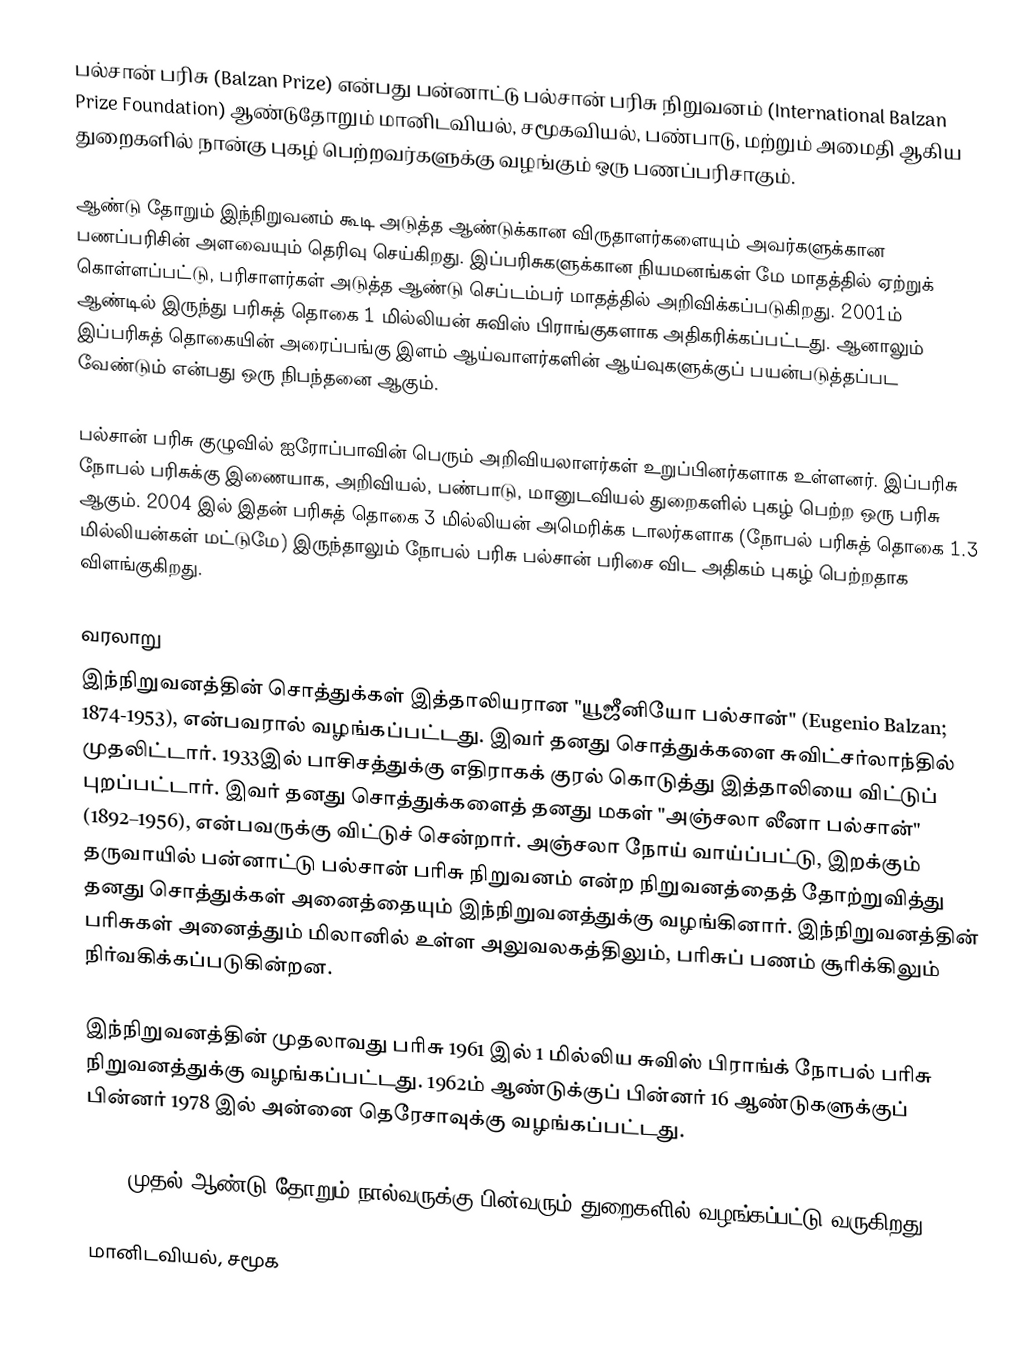
பல்சான் பரிசு (Balzan Prize) என்பது பன்னாட்டு பல்சான் பரிசு நிறுவனம் (International Balzan Prize Foundation) ஆண்டுதோறும் மானிடவியல், சமூகவியல், பண்பாடு, மற்றும் அமைதி ஆகிய துறைகளில் நான்கு புகழ் பெற்றவர்களுக்கு வழங்கும் ஒரு பணப்பரிசாகும்.

ஆண்டு தோறும் இந்நிறுவனம் கூடி அடுத்த ஆண்டுக்கான விருதாளர்களையும் அவர்களுக்கான பணப்பரிசின் அளவையும் தெரிவு செய்கிறது. இப்பரிசுகளுக்கான நியமனங்கள் மே மாதத்தில் ஏற்றுக் கொள்ளப்பட்டு, பரிசாளர்கள் அடுத்த ஆண்டு செப்டம்பர் மாதத்தில் அறிவிக்கப்படுகிறது. 2001ம் ஆண்டில் இருந்து பரிசுத் தொகை 1 மில்லியன் சுவிஸ் பிராங்குகளாக அதிகரிக்கப்பட்டது. ஆனாலும் இப்பரிசுத் தொகையின் அரைப்பங்கு இளம் ஆய்வாளர்களின் ஆய்வுகளுக்குப் பயன்படுத்தப்பட வேண்டும் என்பது ஒரு நிபந்தனை ஆகும்.

பல்சான் பரிசு குழுவில் ஐரோப்பாவின் பெரும் அறிவியலாளர்கள் உறுப்பினர்களாக உள்ளனர். இப்பரிசு நோபல் பரிசுக்கு இணையாக, அறிவியல், பண்பாடு, மானுடவியல் துறைகளில் புகழ் பெற்ற ஒரு பரிசு ஆகும். 2004 இல் இதன் பரிசுத் தொகை 3 மில்லியன் அமெரிக்க டாலர்களாக (நோபல் பரிசுத் தொகை 1.3 மில்லியன்கள் மட்டுமே) இருந்தாலும் நோபல் பரிசு பல்சான் பரிசை விட அதிகம் புகழ் பெற்றதாக விளங்குகிறது.

வரலாறு
இந்நிறுவனத்தின் சொத்துக்கள் இத்தாலியரான "யூஜீனியோ பல்சான்" (Eugenio Balzan; 1874-1953), என்பவரால் வழங்கப்பட்டது. இவர் தனது சொத்துக்களை சுவிட்சர்லாந்தில் முதலிட்டார். 1933இல் பாசிசத்துக்கு எதிராகக் குரல் கொடுத்து இத்தாலியை விட்டுப் புறப்பட்டார். இவர் தனது சொத்துக்களைத் தனது மகள் "அஞ்சலா லீனா பல்சான்" (1892–1956), என்பவருக்கு விட்டுச் சென்றார். அஞ்சலா நோய் வாய்ப்பட்டு, இறக்கும் தருவாயில் பன்னாட்டு பல்சான் பரிசு நிறுவனம் என்ற நிறுவனத்தைத் தோற்றுவித்து தனது சொத்துக்கள் அனைத்தையும் இந்நிறுவனத்துக்கு வழங்கினார். இந்நிறுவனத்தின் பரிசுகள் அனைத்தும் மிலானில் உள்ள அலுவலகத்திலும், பரிசுப் பணம் சூரிக்கிலும் நிர்வகிக்கப்படுகின்றன.

இந்நிறுவனத்தின் முதலாவது பரிசு 1961 இல் 1 மில்லிய சுவிஸ் பிராங்க் நோபல் பரிசு நிறுவனத்துக்கு வழங்கப்பட்டது. 1962ம் ஆண்டுக்குப் பின்னர் 16 ஆண்டுகளுக்குப் பின்னர் 1978 இல் அன்னை தெரேசாவுக்கு வழங்கப்பட்டது.

1978 முதல் ஆண்டு தோறும் நால்வருக்கு பின்வரும் துறைகளில் வழங்கப்பட்டு வருகிறது:

 மானிடவியல், சமூக